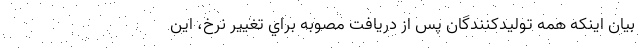
بيان اينكه همه توليدكنندگان پس از دريافت مصوبه براي تغيير نرخ، اين